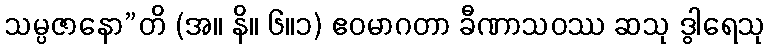
သမ္ပဇာနော”တိ (အ။ နိ။ ၆။၁) ဧဝမာဂတာ ခီဏာသဝဿ ဆသု ဒွါရေသု